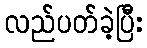
လည်ပတ်ခဲ့ပြီး